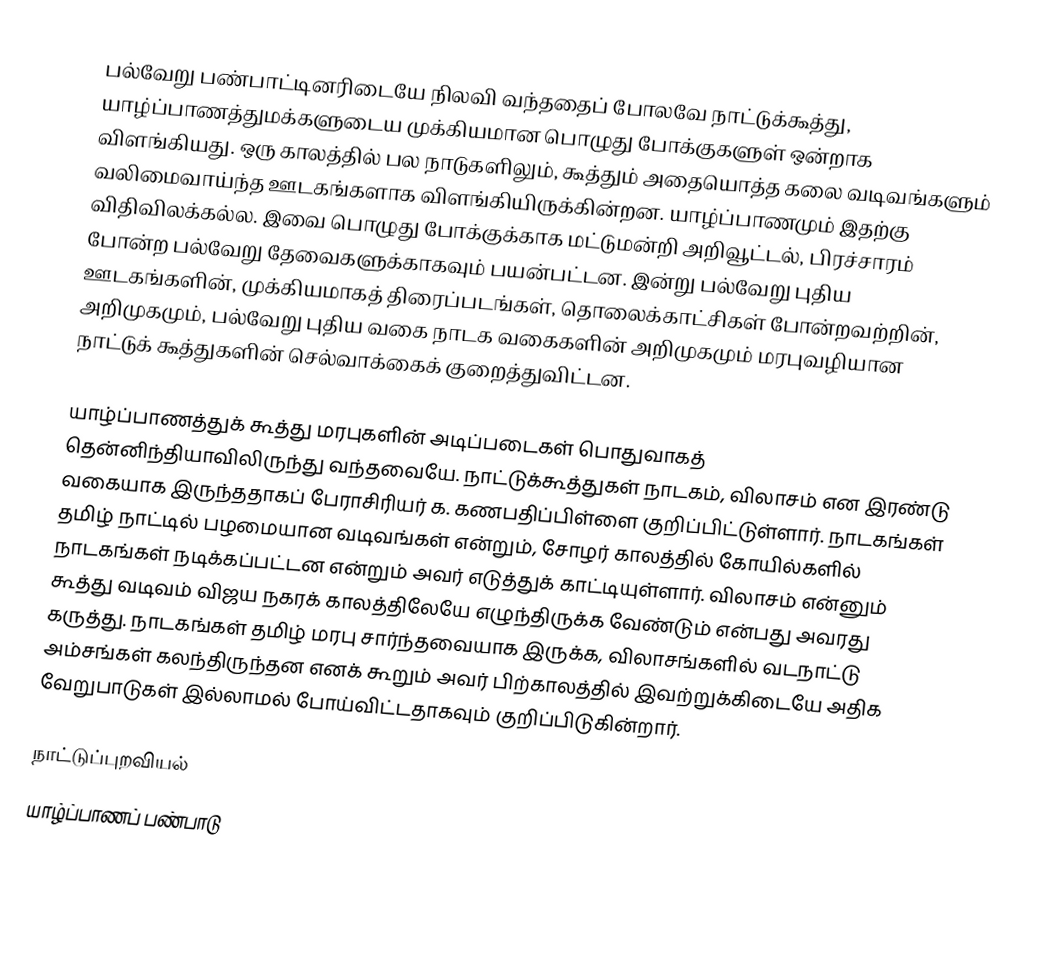
பல்வேறு பண்பாட்டினரிடையே நிலவி வந்ததைப் போலவே நாட்டுக்கூத்து, யாழ்ப்பாணத்துமக்களுடைய முக்கியமான பொழுது போக்குகளுள் ஒன்றாக விளங்கியது. ஒரு காலத்தில் பல நாடுகளிலும், கூத்தும் அதையொத்த கலை வடிவங்களும் வலிமைவாய்ந்த ஊடகங்களாக விளங்கியிருக்கின்றன. யாழ்ப்பாணமும் இதற்கு விதிவிலக்கல்ல. இவை பொழுது போக்குக்காக மட்டுமன்றி அறிவூட்டல், பிரச்சாரம் போன்ற பல்வேறு தேவைகளுக்காகவும் பயன்பட்டன.  இன்று பல்வேறு புதிய ஊடகங்களின், முக்கியமாகத் திரைப்படங்கள், தொலைக்காட்சிகள் போன்றவற்றின், அறிமுகமும், பல்வேறு புதிய வகை நாடக வகைகளின் அறிமுகமும் மரபுவழியான நாட்டுக் கூத்துகளின் செல்வாக்கைக் குறைத்துவிட்டன.

யாழ்ப்பாணத்துக் கூத்து மரபுகளின் அடிப்படைகள் பொதுவாகத் தென்னிந்தியாவிலிருந்து வந்தவையே. நாட்டுக்கூத்துகள் நாடகம், விலாசம் என இரண்டு வகையாக இருந்ததாகப் பேராசிரியர் க. கணபதிப்பிள்ளை குறிப்பிட்டுள்ளார். நாடகங்கள் தமிழ் நாட்டில் பழமையான வடிவங்கள் என்றும், சோழர் காலத்தில் கோயில்களில் நாடகங்கள் நடிக்கப்பட்டன என்றும் அவர் எடுத்துக் காட்டியுள்ளார். விலாசம் என்னும் கூத்து வடிவம் விஜய நகரக் காலத்திலேயே எழுந்திருக்க வேண்டும் என்பது அவரது கருத்து. நாடகங்கள் தமிழ் மரபு சார்ந்தவையாக இருக்க, விலாசங்களில் வடநாட்டு அம்சங்கள் கலந்திருந்தன எனக் கூறும் அவர் பிற்காலத்தில் இவற்றுக்கிடையே அதிக வேறுபாடுகள் இல்லாமல் போய்விட்டதாகவும் குறிப்பிடுகின்றார்.

நாட்டுப்புறவியல்
யாழ்ப்பாணப் பண்பாடு